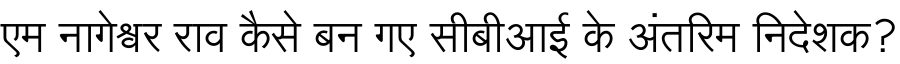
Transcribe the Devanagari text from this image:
एम नागेश्वर राव कैसे बन गए सीबीआई के अंतरिम निदेशक?